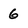
Character: 6